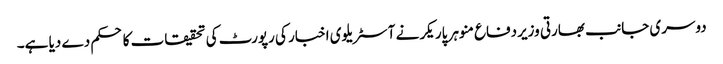
دوسری جانب بھارتی وزیردفاع منوہر پاریکر نے آسٹریلوی اخبار کی رپورٹ کی تحقیقات کا حکم دے دیا ہے۔